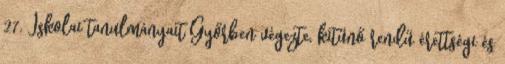
27. Iskolai tanulmányait Győrben végezte, kitűnő rendű érettségi és